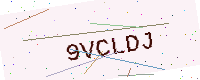
Text: 9VCLDJ